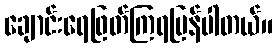
ချောင်းရေဖြတ်ကြရပြန်ပါတယ်။